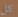
كل